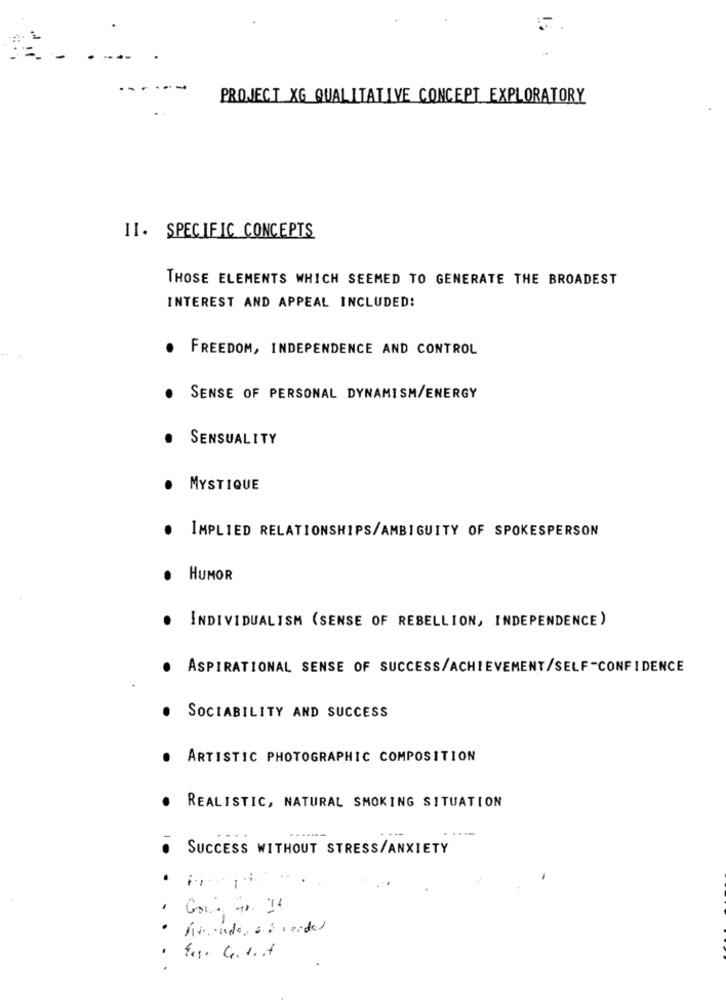
PROJECT XG QUALITATIVE CONCEPT EXPLORATORY
II. SPECIFIC CONCEPTS
THOSE ELEMENTS WHICH SEEMED TO GENERATE THE BROADEST
INTEREST AND APPEAL INCLUDED!
FREEDOM, INDEPENDENCE AND CONTROL
SENSE OF PERSONAL DYNAMISM/ENERGY
SENSUALITY
MYSTIQUE
IMPLIED RELATIONSHIPS/AMBIGUITY OF SPOKESPERSON
HUMOR
.
INDIVIDUALISM (SENSE OF REBELLION, INDEPENDENCE)
ASPIRATIONAL SENSE OF SUCCESS/ACHIEVEMENT/SELF-CONFIDENCE
SOCIABILITY AND SUCCESS
ARTISTIC PHOTOGRAPHIC COMPOSITION
REALISTIC, NATURAL SMOKING SITUATION
..
SUCCESS WITHOUT STRESS/ANXIETY
-
.